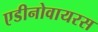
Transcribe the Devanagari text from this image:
एडीनोवायरस